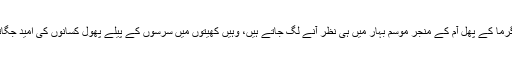
موسم گرما کے پھل آم کے منجر موسم بہار میں ہی نظر آنے لگ جاتے ہیں، وہیں کھیتوں میں سرسوں کے پیلے پھول کسانوں کی امید جگاتی ہیں۔